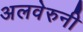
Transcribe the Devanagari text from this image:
अलवेरुनी